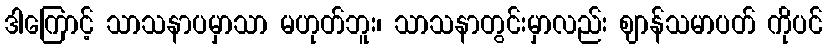
ဒါကြောင့် သာသနာပမှာသာ မဟုတ်ဘူး၊ သာသနာတွင်းမှာလည်း ဈာန်သမာပတ် ကိုပင်